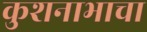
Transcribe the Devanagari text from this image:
कुशनाभाचा